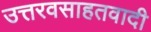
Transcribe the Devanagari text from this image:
उत्तरवसाहतवादी